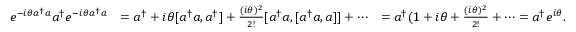
\begin{array} { r l r } { e ^ { - i \theta a ^ { \dagger } a } a ^ { \dagger } e ^ { - i \theta a ^ { \dagger } a } } & { = a ^ { \dagger } + i \theta [ a ^ { \dagger } a , a ^ { \dagger } ] + \frac { ( i \theta ) ^ { 2 } } { 2 ! } [ a ^ { \dagger } a , [ a ^ { \dagger } a , a ] ] + \cdots } & { = a ^ { \dagger } ( 1 + i \theta + \frac { ( i \theta ) ^ { 2 } } { 2 ! } + \cdots = a ^ { \dagger } e ^ { i \theta } . } \end{array}